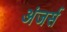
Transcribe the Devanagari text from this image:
अंजर्स